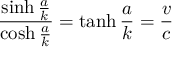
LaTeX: { \frac { \sinh { \frac { a } { k } } } { \cosh { \frac { a } { k } } } } = \operatorname { t a n h } { \frac { a } { k } } = { \frac { v } { c } }